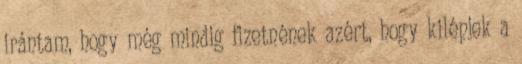
irántam, hogy még mindig fizetnének azért, hogy kilépjek a